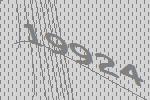
19924